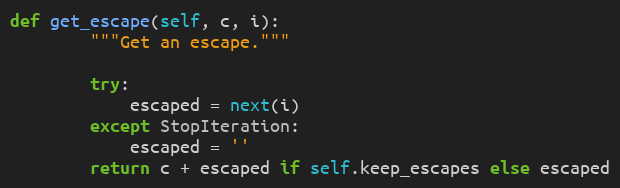
Language: Python
def get_escape(self, c, i):
        """Get an escape."""

        try:
            escaped = next(i)
        except StopIteration:
            escaped = ''
        return c + escaped if self.keep_escapes else escaped